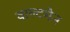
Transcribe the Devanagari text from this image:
वाल्टमैन